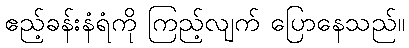
ဧည့်ခန်းနံရံကို ကြည့်လျက် ပြောနေသည်။